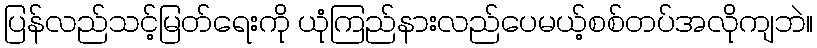
ပြန်လည်သင့်မြတ်ရေးကို ယုံကြည်နားလည်ပေမယ့်စစ်တပ်အလိုကျဘဲ။